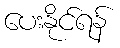
ပေးနိုင်ရန်